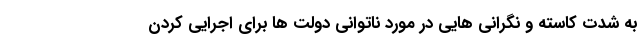
به شدت کاسته و نگرانی هایی در مورد ناتوانی دولت ها برای اجرایی کردن